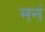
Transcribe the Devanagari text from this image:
मनं